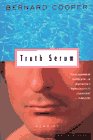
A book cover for Truth Serum: A Memoir; Bernard Cooper; Gay & Lesbian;